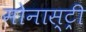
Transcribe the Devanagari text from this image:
मोनास्ट्री